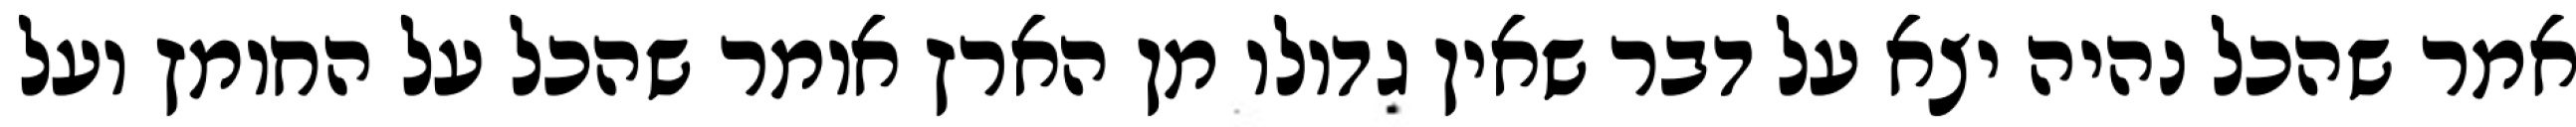
אמר שהכל נהיה יצא על דבר שאין גדולו מן הארץ אומר שהכל על החומץ ועל